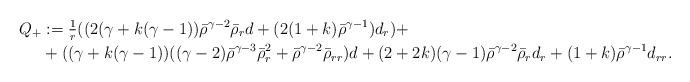
LaTeX: \begin{align*}Q_{+}&:=\tfrac1r ( (2 ( \gamma + k (\gamma-1))\bar{\rho}^{\gamma-2} \bar{\rho}_{r} d + (2 (1+k) \bar{\rho}^{\gamma-1}) d_r) + \\&+((\gamma+k(\gamma-1))((\gamma-2)\bar{\rho}^{\gamma-3} \bar{\rho}_r^2 + \bar{\rho}^{\gamma-2} \bar{\rho}_{r r})d +(2+2k) (\gamma-1) \bar{\rho}^{\gamma-2}\bar{\rho}_r d_r + (1+k) \bar{\rho}^{\gamma-1} d_{r r}.\end{align*}